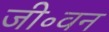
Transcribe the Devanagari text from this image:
जी॰वन